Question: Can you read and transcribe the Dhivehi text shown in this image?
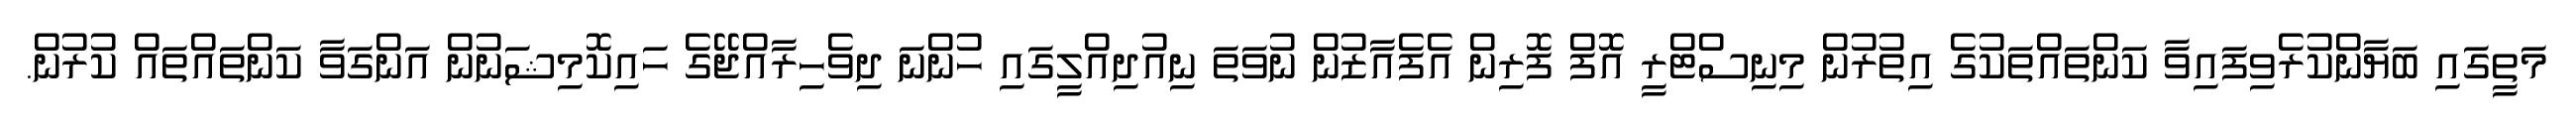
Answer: މަތީގައި ބަޔާންކުރެވިފައިވާ ކަންތައްތަކުގެ އިތުރުން މިނިސްޓްރީ އޮފް ފޮރިން އެފެއާޒުން ނުވަތަ ނިއުދިއްލީގައި ހުންނަ ދިވެހިރާއްޖޭގެ ހައިކޮމިޝަނުން އަންގަވާ ކަންތައްތައް ކުރުން.